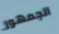
الجمهور